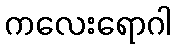
ကလေးရောဂါ